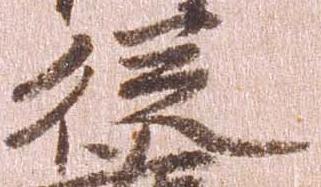
従